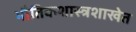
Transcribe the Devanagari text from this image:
भौतिकशास्त्रशाखेत